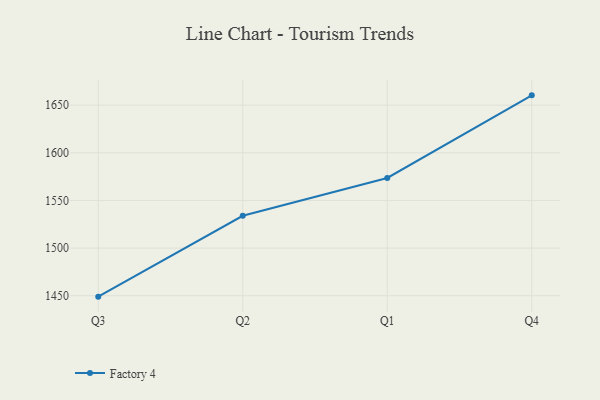
{"axis": {"x": "Quarter", "y": "Temperature (°C)"}, "legend": ["Factory 4"], "data": [{"x": "Q3", "y": 1449.0, "type": "Factory 4"}, {"x": "Q2", "y": 1533.9, "type": "Factory 4"}, {"x": "Q1", "y": 1573.6, "type": "Factory 4"}, {"x": "Q4", "y": 1660.3, "type": "Factory 4"}]}